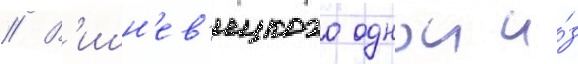
// В'ишн'ев'ецкого однои и́з